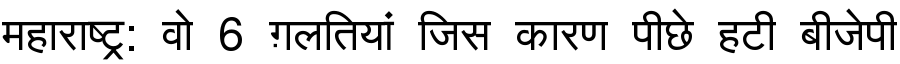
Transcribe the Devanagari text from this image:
महाराष्ट्र: वो 6 ग़लतियां जिस कारण पीछे हटी बीजेपी